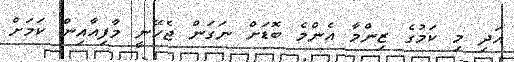
އަދި މި ކަމުގެ ޒިންމާ އެންމެ ބޮޑަށް ނަގަން ޖެހޭނީ މާފިއާއިން ކަމަށް